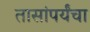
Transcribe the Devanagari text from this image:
तासांपर्यंचा